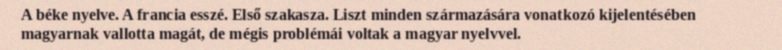
A béke nyelve. A francia esszé. Első szakasza. Liszt minden származására vonatkozó kijelentésében magyarnak vallotta magát, de mégis problémái voltak a magyar nyelvvel.